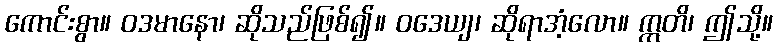
ကောင်းစွာ။ ဝဒမာနော၊ ဆိုသည်ဖြစ်၍။ ဝဒေယျ၊ ဆိုရာအံ့လော။ ဣတိ၊ ဤသို့။